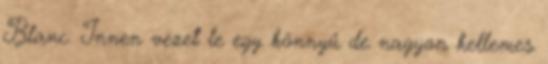
Blanc. Innen vezet le egy könnyű de nagyon kellemes